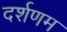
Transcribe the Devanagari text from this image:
दर्शणम